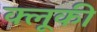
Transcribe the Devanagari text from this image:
क्लूकी